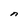
Character: n